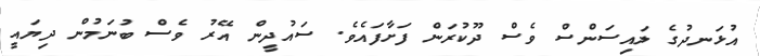
އުޅަނދުގެ ލައިސަންސް ވެސް ދޫކުރަން ފަށާފައެވެ. ސައުދީން އޭރު ވެސް ބުނަމުން ދިޔައީ